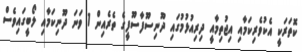
ކޮތަރަކީ އެކުވެރިކަމާއި އިޖުތިމާއީ ދިރިއުޅުމުގައި ދޫނިސޫފާސޫފީގެ ތެރެއިން 1 ވަނަ ދޫނިކަމާއި ލޯބީގައިވެސް